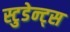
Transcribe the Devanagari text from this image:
स्टुडेन्ट्स